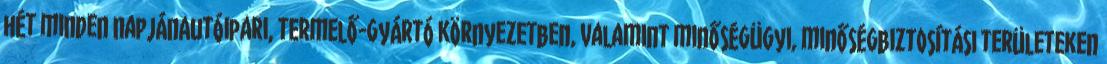
hét minden napjánAutóipari, termelő-gyártó környezetben, valamint minőségügyi, minőségbiztosítási területeken